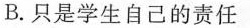
B.只是学生自己的责任